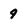
Character: 9